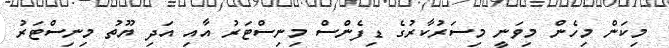
މިކަން މިހެން މިވަނީ މިސަރުކާރުގެ ޑިފެންސް މިނިސްޓަރު އާއި އަދި ޔޫތު މިނިސްޓަރު